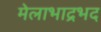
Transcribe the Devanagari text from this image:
मेलाभाद्रभद